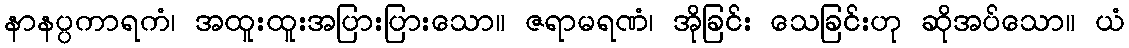
နာနပ္ပကာရကံ၊ အထူးထူးအပြားပြားသော။ ဇရာမရဏံ၊ အိုခြင်း သေခြင်းဟု ဆိုအပ်သော။ ယံ